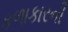
કળાકારની